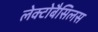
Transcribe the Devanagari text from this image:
लेक्टोबैसिलस